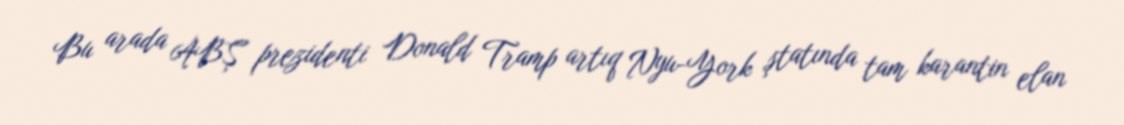
Bu arada ABŞ prezidenti Donald Tramp artıq Nyu-York ştatında tam karantin elan